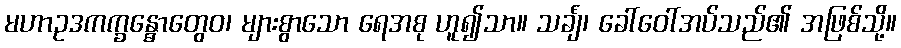
မဟာဥဒကက္ခန္ဓောတွေဝ၊ များစွာသော ရေအစု ဟူ၍သာ။ သင်္ချံ၊ ခေါ်ဝေါ်အပ်သည်၏ အဖြစ်သို့။